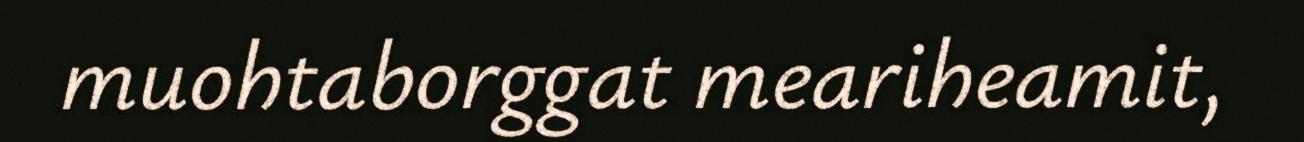
muohtaborggat meariheamit,